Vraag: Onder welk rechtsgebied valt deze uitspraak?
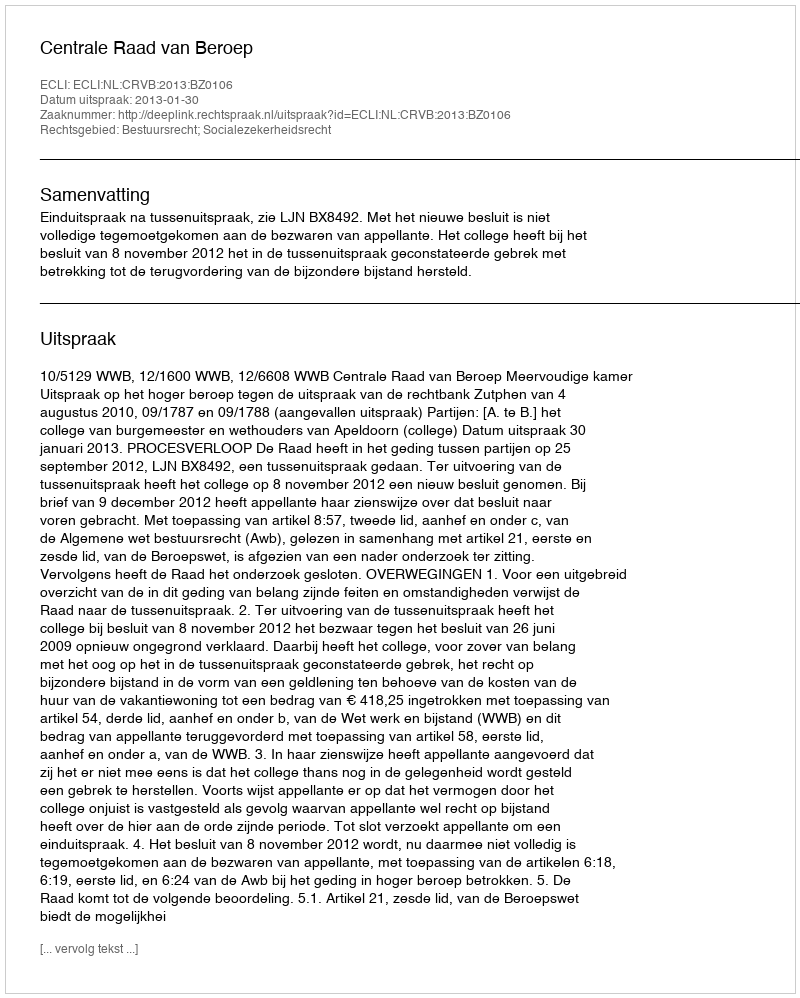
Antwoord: Bestuursrecht; Socialezekerheidsrecht